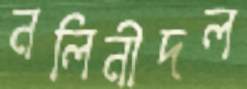
নলিনীদল